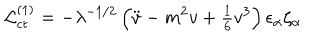
{ \cal L } _ { \mathrm { c t } } ^ { ( 1 ) } = - \lambda ^ { - 1 / 2 } \left( \ddot { v } - m ^ { 2 } v + { \textstyle { \frac { 1 } { 6 } } } v ^ { 3 } \right) \epsilon _ { \alpha } \zeta _ { \alpha }